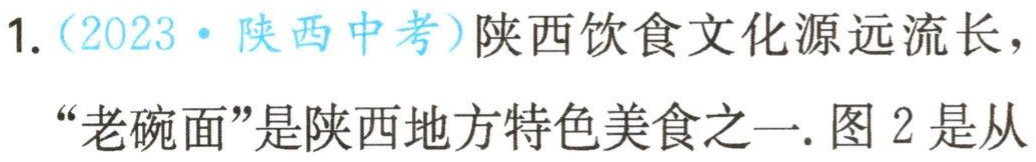
1.（2023·陕西中考）陕西饮食文化源远流长，“老碗面”是陕西地方特色美食之一. 图 2 是从